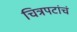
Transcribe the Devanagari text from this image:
चित्रपटांचं